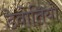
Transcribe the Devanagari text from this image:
डेवोतियो